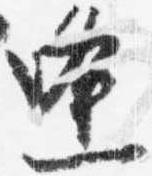
逢